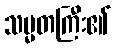
သမ္မတကြီး၏